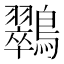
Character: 𮭚